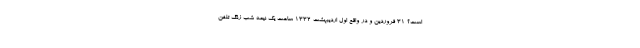
است؟ 31 فروردین و در واقع اول اردیبهشت 1332 ساعت یک نیمه شب زنگ تلفن